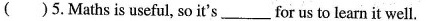
( ) 5. Maths is useful, so it's__for us to learn it well.